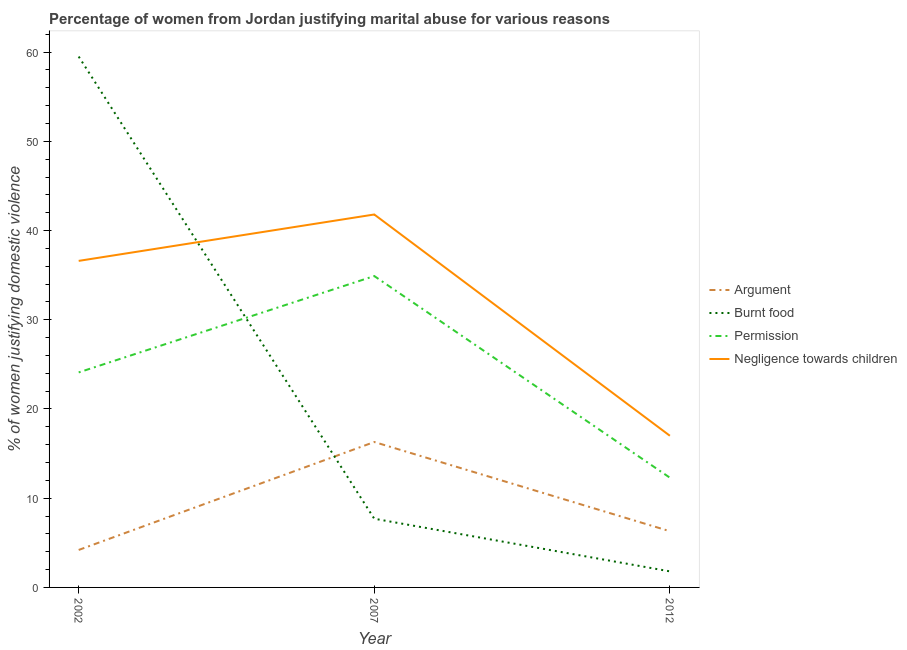
| Year | Argument | Burnt food | Permission | Negligence towards children |
 | --- | --- | --- | --- | --- |
 | 2002 | 4.2 | 59.5 | 24.1 | 36.6 |
 | 2007 | 16.3 | 7.7 | 34.9 | 41.8 |
 | 2012 | 6.3 | 1.8 | 12.3 | 17 |